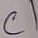
Text: C1